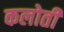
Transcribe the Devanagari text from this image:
कलोती